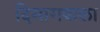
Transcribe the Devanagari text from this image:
दिमागवाला